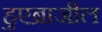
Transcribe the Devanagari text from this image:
हुएब्राजील